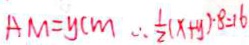
A M = y c m \therefore \frac { 1 } { 2 } ( x + y ) \cdot 8 = 1 6